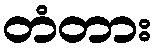
တံတား